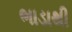
ભાડાથી